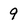
Character: 9